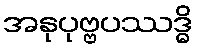
အနုပုဗ္ဗပဿဒ္ဓိ